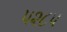
૫૨૮૫